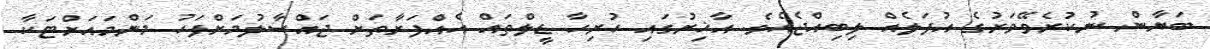
ބަޔާން ނުކުރެވޭވަރުގެ އުފަލެއް ލިބިއްޖެއެވެ. އާޚިރުގައި ހުރިހާ ޑީލްތައް އެއްފަރާތަށް ޖައްސާލުމަށްފަހު މަންމައަށްޓަކާ